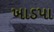
ખાડપા